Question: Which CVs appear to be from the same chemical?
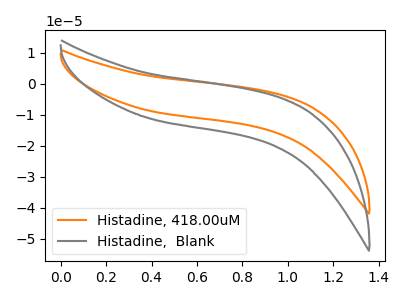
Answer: <think>The orange curve "Histadine, 418.00uM" has no peaks. The gray curve "Histadine,  Blank" has no peaks.
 Neither "Histadine, 418.00uM" or "Histadine,  Blank" have any peaks.</think>
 <answer>"Histadine,  Blank" and "Histadine, 418.00uM" have the same shape and are likely CV's of the same chemical.</answer>
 <eval>"Histadine,  Blank" "Histadine, 418.00uM"</eval>